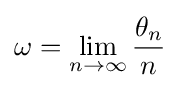
\omega =\lim _{n\to \infty }{\frac {\theta _{n}}{n}}